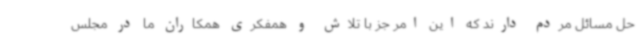
حل مسائل مردم دارند که این امر جز با تلاش و همفکری همکاران ما در مجلس